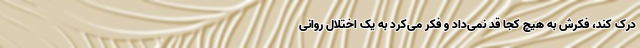
درک کند، فکرش به هیچ کجا قد نمی‌داد و فکر می‌کرد به یک اختلال روانی